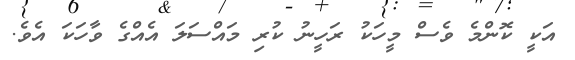
އަކީ ކޮންމެ ވެސް މީހަކު ރަހީނު ކުރި މައްސަލަ އެއްގެ ވާހަަކަ އެވެ.